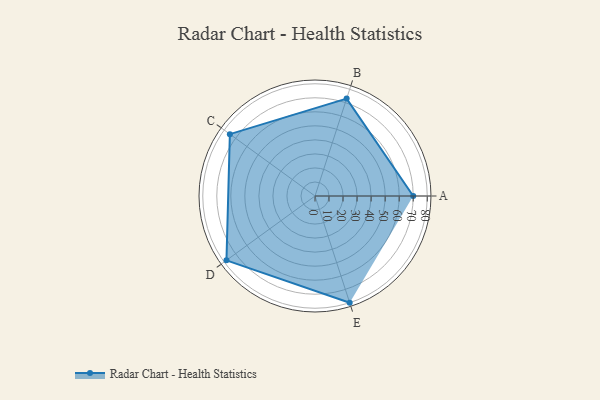
{"axis": {"x": "Skill", "y": "Score"}, "legend": ["Profile"], "data": [{"x": "A", "y": 70.0, "type": "Profile"}, {"x": "B", "y": 73.0, "type": "Profile"}, {"x": "C", "y": 75.0, "type": "Profile"}, {"x": "D", "y": 78.0, "type": "Profile"}, {"x": "E", "y": 80.0, "type": "Profile"}]}